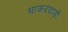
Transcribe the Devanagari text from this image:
भाकरवाडी